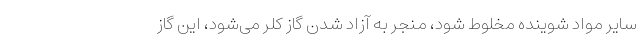
سایر مواد شوینده مخلوط شود، منجر به آزاد شدن گاز کلر می‌شود، این گاز